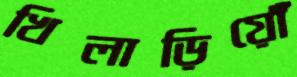
খিলাড়িয়োঁ